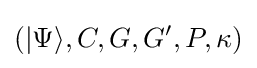
(|\Psi \rangle ,C,G,G',P,\kappa )